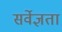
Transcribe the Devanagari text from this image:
सर्वेज्ञता